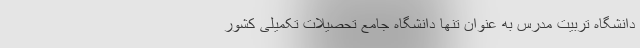
دانشگاه تربیت مدرس به عنوان تنها دانشگاه جامع تحصیلات تکمیلی کشور